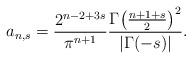
LaTeX: \begin{align*}a_{n,s}=\frac{2^{n-2+3s}}{\pi^{n+1}}\frac{\Gamma\big(\frac{n+1+s}{2}\big)^2}{|\Gamma(-s)|}.\end{align*}